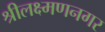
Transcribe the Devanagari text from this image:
श्रीलक्ष्मणनगर